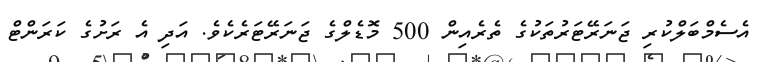
އެސެމްބަލްކުރި ޖަނަރޭޓަރުތަކުގެ ތެރެއިން 500 މޮޑެލްގެ ޖަނަރޭޓަރެކެވެ. އަދި އެ ރަށުގެ ކަރަންޓް